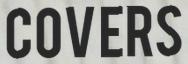
COVERS